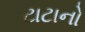
ટાટાનો